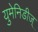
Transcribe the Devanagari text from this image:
युमेनिडीज्‌